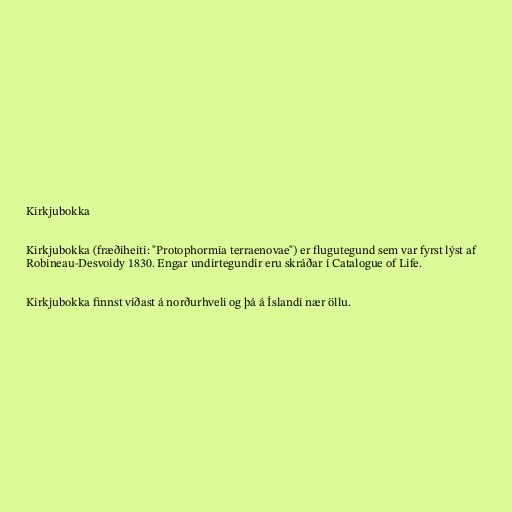
Kirkjubokka

Kirkjubokka (fræðiheiti: "Protophormia terraenovae") er flugutegund sem var fyrst lýst af
Robineau-Desvoidy 1830. Engar undirtegundir eru skráðar í Catalogue of Life.

Kirkjubokka finnst víðast á norðurhveli og þá á Íslandi nær öllu.